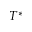
T ^ { * }